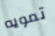
تمويه